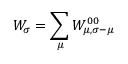
W _ { \sigma } = \sum _ { \mu } W _ { \mu , \sigma - \mu } ^ { 0 0 }